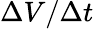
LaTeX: \Delta V/\Delta t